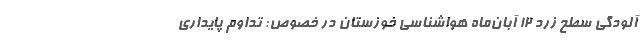
آلودگی سطح زرد ۱۲ آبان‌ماه هواشناسی خوزستان در خصوص: تداوم پایداری